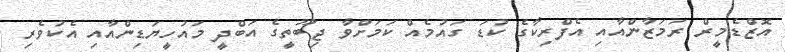
އޮޒްޑެމީރް ރަމަޒާންއާއި އެފްރިކާގެ ކުޑަ ގައުމެއް ކަމަށްވާ ޖިބޫތީގެ އަބްދީ މައުހީޔަޑިންއާއި އެކުވެރި